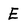
Character: E